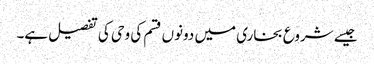
جیسے شروع بخاری میں دونوں قسم کی وحی کی تفصیل ہے۔